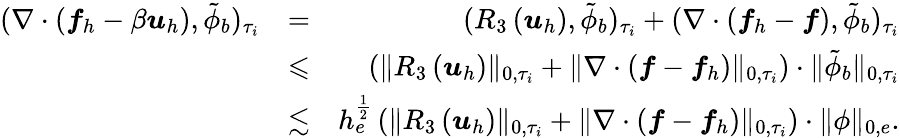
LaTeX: \begin{array}{rlr}{(\nabla\cdot\left(\boldsymbol{f}_{h}-\beta\boldsymbol{u}_{h}\right),\tilde{\phi}_{b})_{\tau_{i}}}&{=}&{(R_{3}\left(\boldsymbol{u}_{h}\right),\tilde{\phi}_{b})_{\tau_{i}}+(\nabla\cdot\left(\boldsymbol{f}_{h}-\boldsymbol{f}\right),\tilde{\phi}_{b})_{\tau_{i}}}\\ &{\leqslant}&{\left(\| R_{3}\left(\boldsymbol{u}_{h}\right)\| _{0,\tau_{i}}+\| \nabla\cdot\left(\boldsymbol{f}-\boldsymbol{f}_{h}\right)\| _{0,\tau_{i}}\right)\cdot\| \tilde{\phi}_{b}\| _{0,\tau_{i}}}\\ &{\lesssim}&{h_{e}^{\frac{1}{2}}\left(\| R_{3}\left(\boldsymbol{u}_{h}\right)\| _{0,\tau_{i}}+\| \nabla\cdot\left(\boldsymbol{f}-\boldsymbol{f}_{h}\right)\| _{0,\tau_{i}}\right)\cdot\| \phi\| _{0,e}.}\end{array}